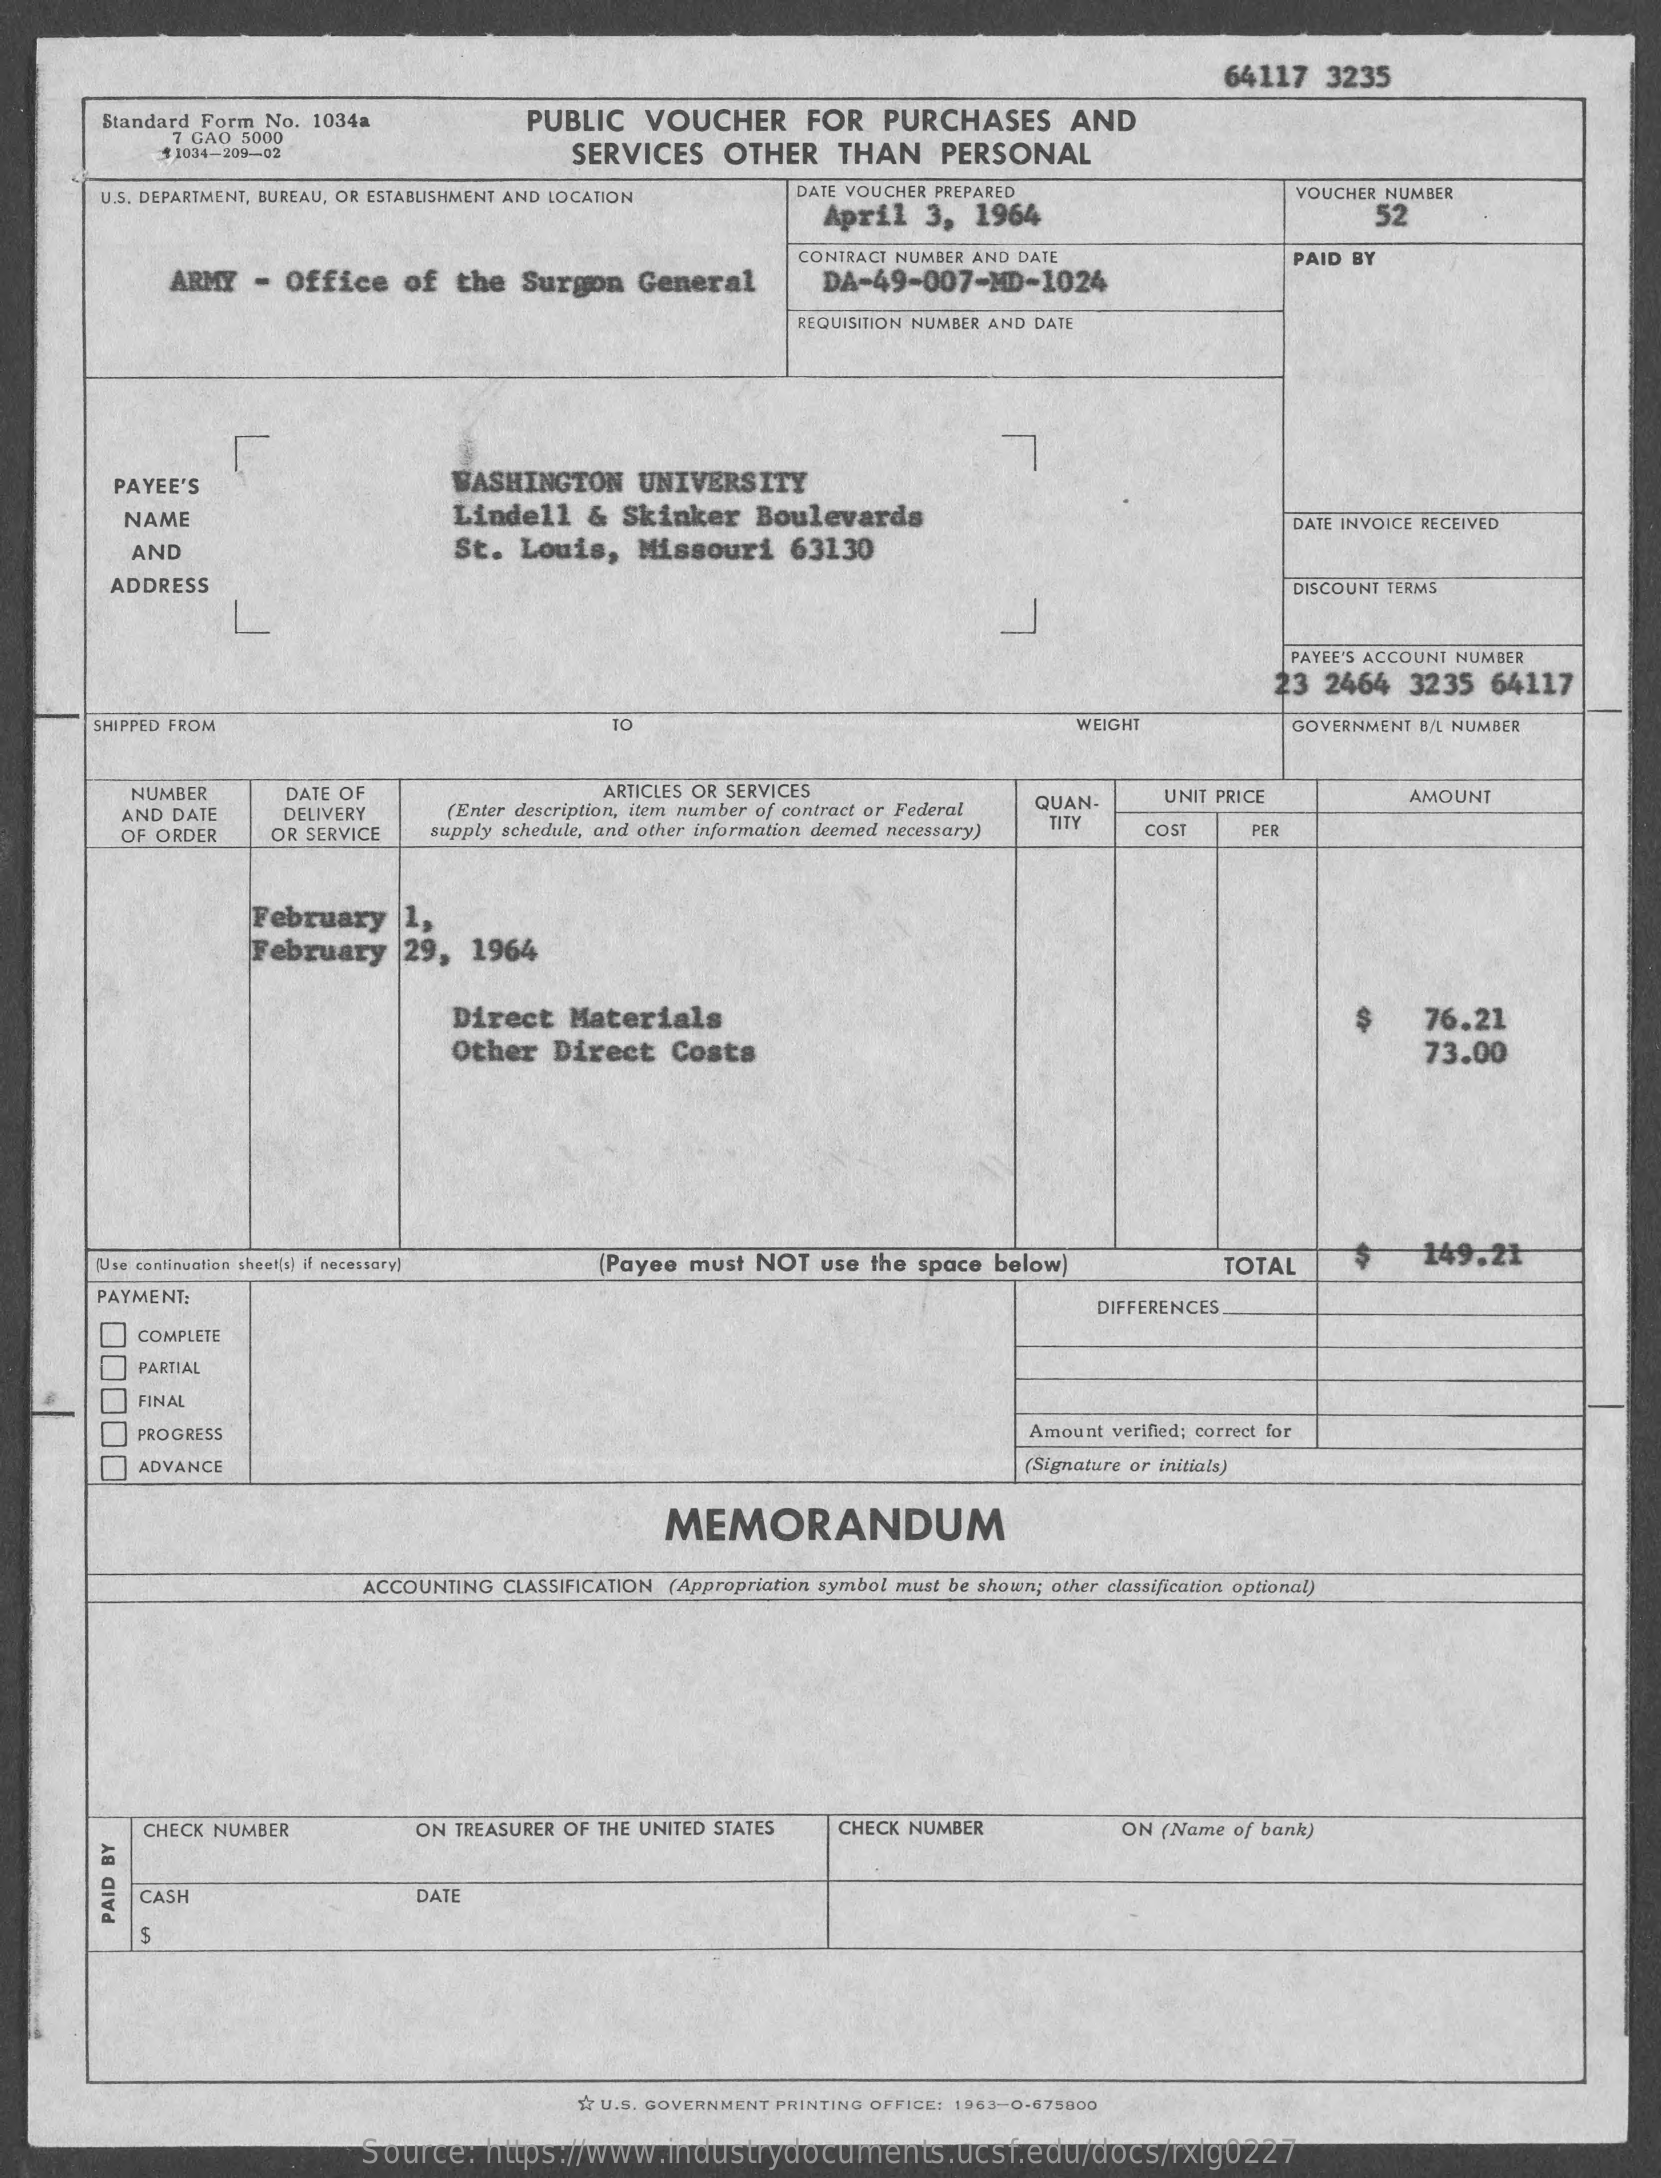
64117    3235
     Standard Form No.  1034a    PUBLIC    VOUCHER    FOR    PURCHASES    AND
     7 GAO 5000
     1034-209-02    SERVICES    OTHER    THAN    PERSONAL
     U.S. DEPARTMENT, BUREAU, OR ESTABLISHMENT AND LOCATION    DATE VOUCHER PREPARED
     April    3,  1964
     VOUCHER NUMBER
     52
     ARMY   -  Office    of   the   Surgon    General
     CONTRACT NUMBER AND DATE
     DA-49-007-MD-1024
     PAID BY
     REQUISITION NUMBER AND DATE
     PAYEE'S    WASHINGTON    UNIVERSITY
     NAME    Lindell    &  Skinker    Boulevards
     AND    St.   Louis,    Missouri    63130
     DATE INVOICE RECEIVED
     ADDRESS    DISCOUNT TERMS
     PAYEE'S ACCOUNT NUMBER
     23  2464   3235   64117
     SHIPPED FROM    WEIGHT    GOVERNMENT B/L NUMBER
     NUMBER    DATE OF    ARTICLES OR SERVICES
     AND DATE
     UNIT PRICE    AMOUNT
     DELIVERY    (Enter description, item number of contract or Federal QUAN-
     OF ORDER    OR SERVICE    supply schedule, and other information deemed necessary)
     TITY    COST    PER
     February
     February    29,   1964
     Direct    Materials    $
     Other    Direct    Costs
     76.21
     73.00
     (Use continuation sheet(s) if necessary]    (Payee  must  NOT  use  the space  below)    TOTAL    149.21
     PAYMENT:
     DIFFERENCES
     00000
     COMPLETE
     PARTIAL
     FINAL
     PROGRESS    Amount verified; correct for
     ADVANCE    (Signature or initials)
     MEMORANDUM
     ACCOUNTING  CLASSIFICATION (Appropriation symbol must be shown; other classification optional)
     CHECK NUMBER    ON TREASURER OF THE UNITED STATES    CHECK NUMBER    ON (Name  of bank)
     CASH    DATE PAID
     BY
     S
     " U.S. GOVERNMENT PRINTING OFFICE: 1963-0-675800
     Source:    https://www.industrydocuments.ucsf.edu/docs/rxlg0227